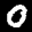
Label: 0